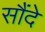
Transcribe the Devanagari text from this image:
सौंदे